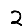
Digit: 2